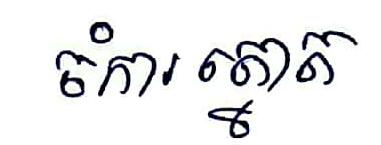
ចំការត្នោត